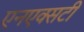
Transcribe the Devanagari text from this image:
एनएक्सटी